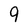
Character: 9